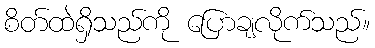
စိတ်ထဲရှိသည်ကို ပြောချလိုက်သည်။